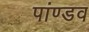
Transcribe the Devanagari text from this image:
पांण्‍डव